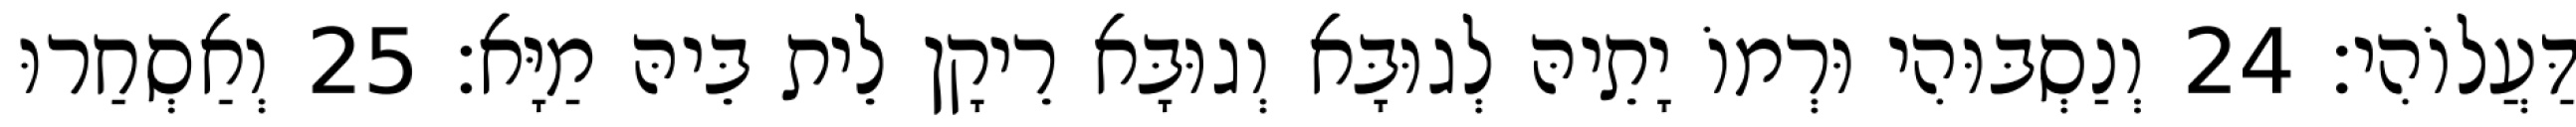
דַּעֲלוֹהִי׃ 24 וְנַסְבּוּהִי וּרְמוֹ יָתֵיהּ לְגוּבָּא וְגוּבָּא רֵיקָן לֵית בֵּיהּ מַיָּא׃ 25 וְאַסְחַרוּ